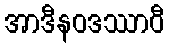
အာဒီနဝဒဿာဝီ